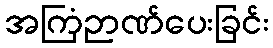
အကြံဉာဏ်ပေးခြင်း